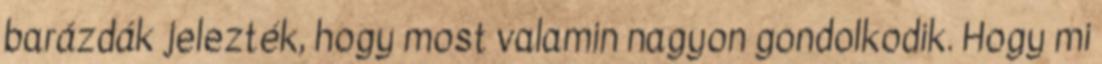
barázdák jelezték, hogy most valamin nagyon gondolkodik. Hogy mi